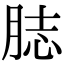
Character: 䏯